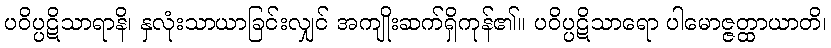
ပဝိပ္ပဋိသာရာနိ၊ နှလုံးသာယာခြင်းလျှင် အကျိုးဆက်ရှိကုန်၏။ ပဝိပ္ပဋိသာရော ပါမောဇ္ဇတ္ထာယာတိ၊